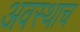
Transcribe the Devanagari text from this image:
अवस्थाच